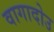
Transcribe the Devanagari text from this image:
वागादोउ